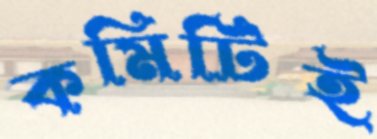
কমিটিই